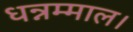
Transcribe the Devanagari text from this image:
धन्नम्माल।